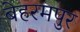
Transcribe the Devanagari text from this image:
बेहरमपुर